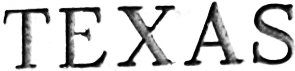
TEXAS